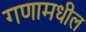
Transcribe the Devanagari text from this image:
गणामधील